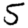
Digit: 5